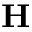
\textbf { H }